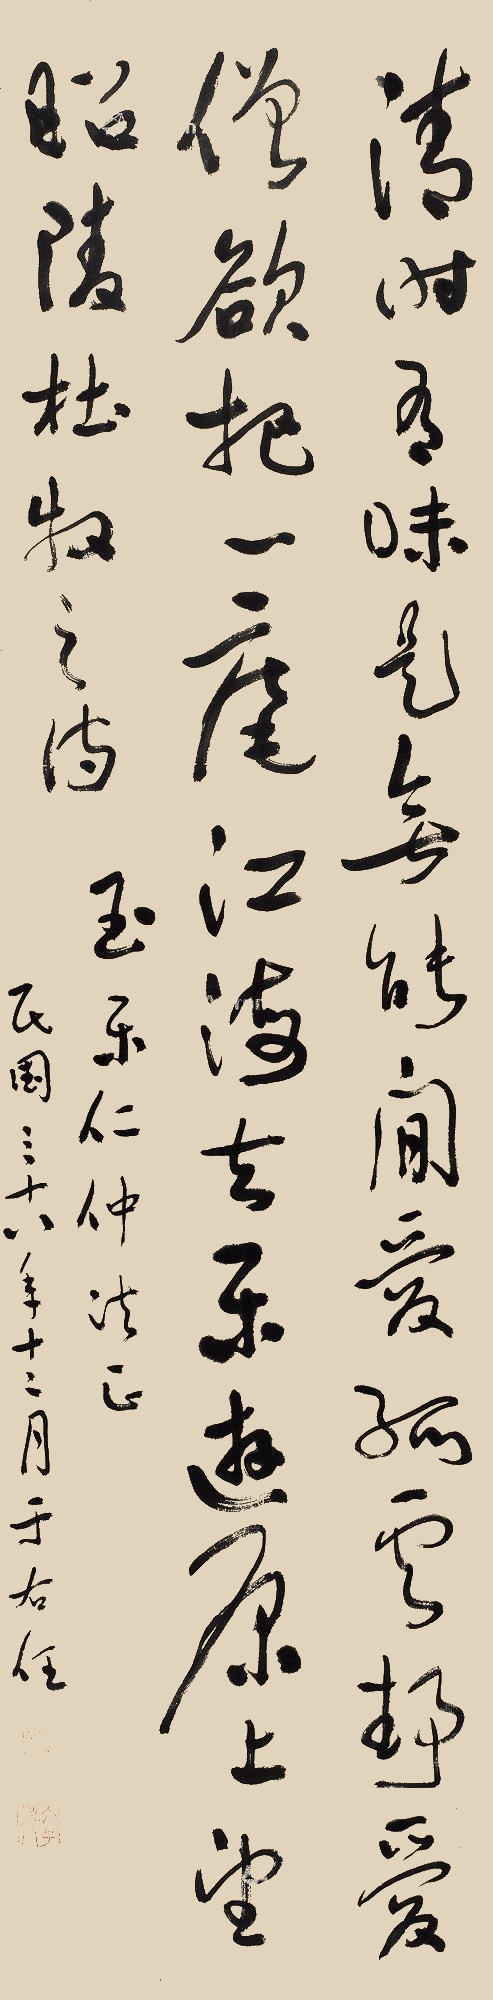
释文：清时有味是无能，闲爱孤云静爱僧。欲把一麾江海去，乐游原上望昭陵。杜牧之诗，玉乐仁仲法正，民国三十八年十二月，于右任。